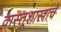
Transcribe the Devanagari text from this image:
वास्तूशास्त्राचे